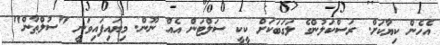
އެހެން ކިޔާކަށް. ރަސްކަލުންގެ ލަގަބަކަށް ކީކީ ސަލްޓަން އެއް ނޫން. މިޔައިފައިވަނީ "ސުލްޠާން"